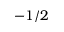
- 1 / 2